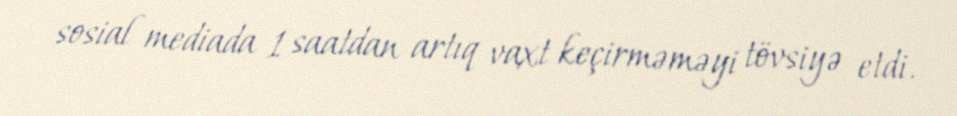
sosial mediada 1 saatdan artıq vaxt keçirməməyi tövsiyə etdi.